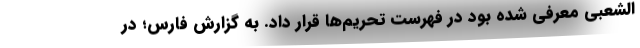
الشعبی معرفی شده بود در فهرست تحریم‌ها قرار داد. به گزارش فارس؛ در